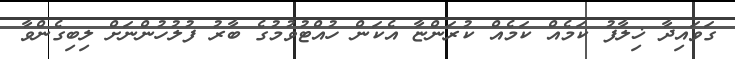
ގަވައިދާ ޚިލާފު ކަމެއް ކަމެއް ކުރަންޏާ އެކަން ހުއްޓުވުމުގެ ބާރު ފުލުހުންނަށް ލިބިގެންވާ